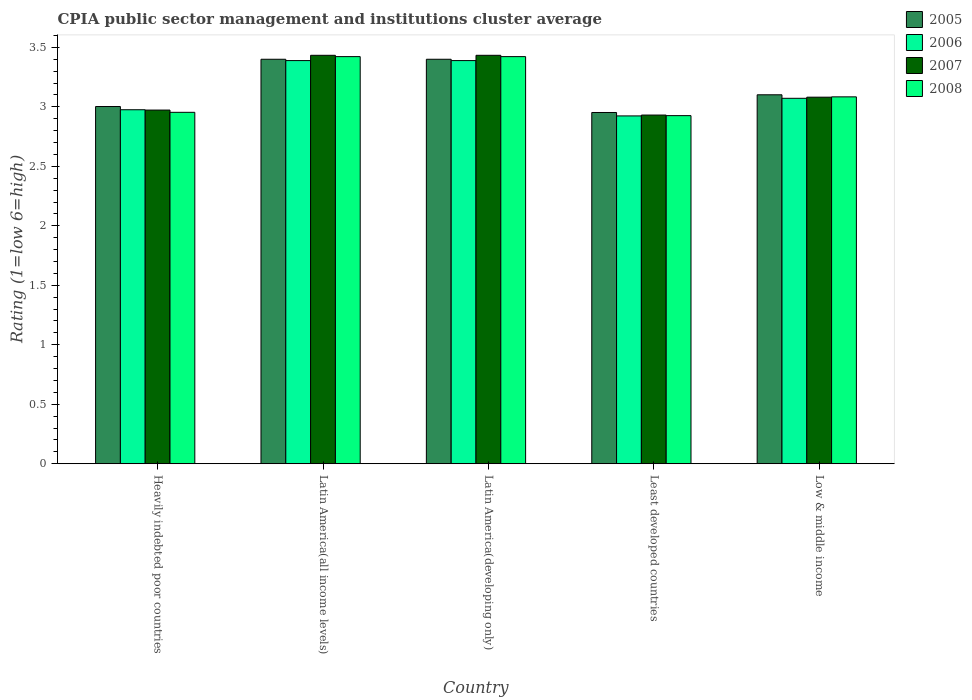
| Country | 2005 | 2006 | 2007 | 2008 |
 | --- | --- | --- | --- | --- |
 | Heavily indebted poor countries | 3 | 2.98 | 2.97 | 2.95 |
 | Latin America(all income levels) | 3.4 | 3.39 | 3.43 | 3.42 |
 | Latin America(developing only) | 3.4 | 3.39 | 3.43 | 3.42 |
 | Least developed countries | 2.95 | 2.92 | 2.93 | 2.93 |
 | Low & middle income | 3.1 | 3.07 | 3.08 | 3.08 |